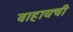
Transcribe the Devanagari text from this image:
वाहायची